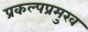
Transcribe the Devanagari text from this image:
प्रकल्पप्रमुख